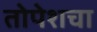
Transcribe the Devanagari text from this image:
तोपेशचा